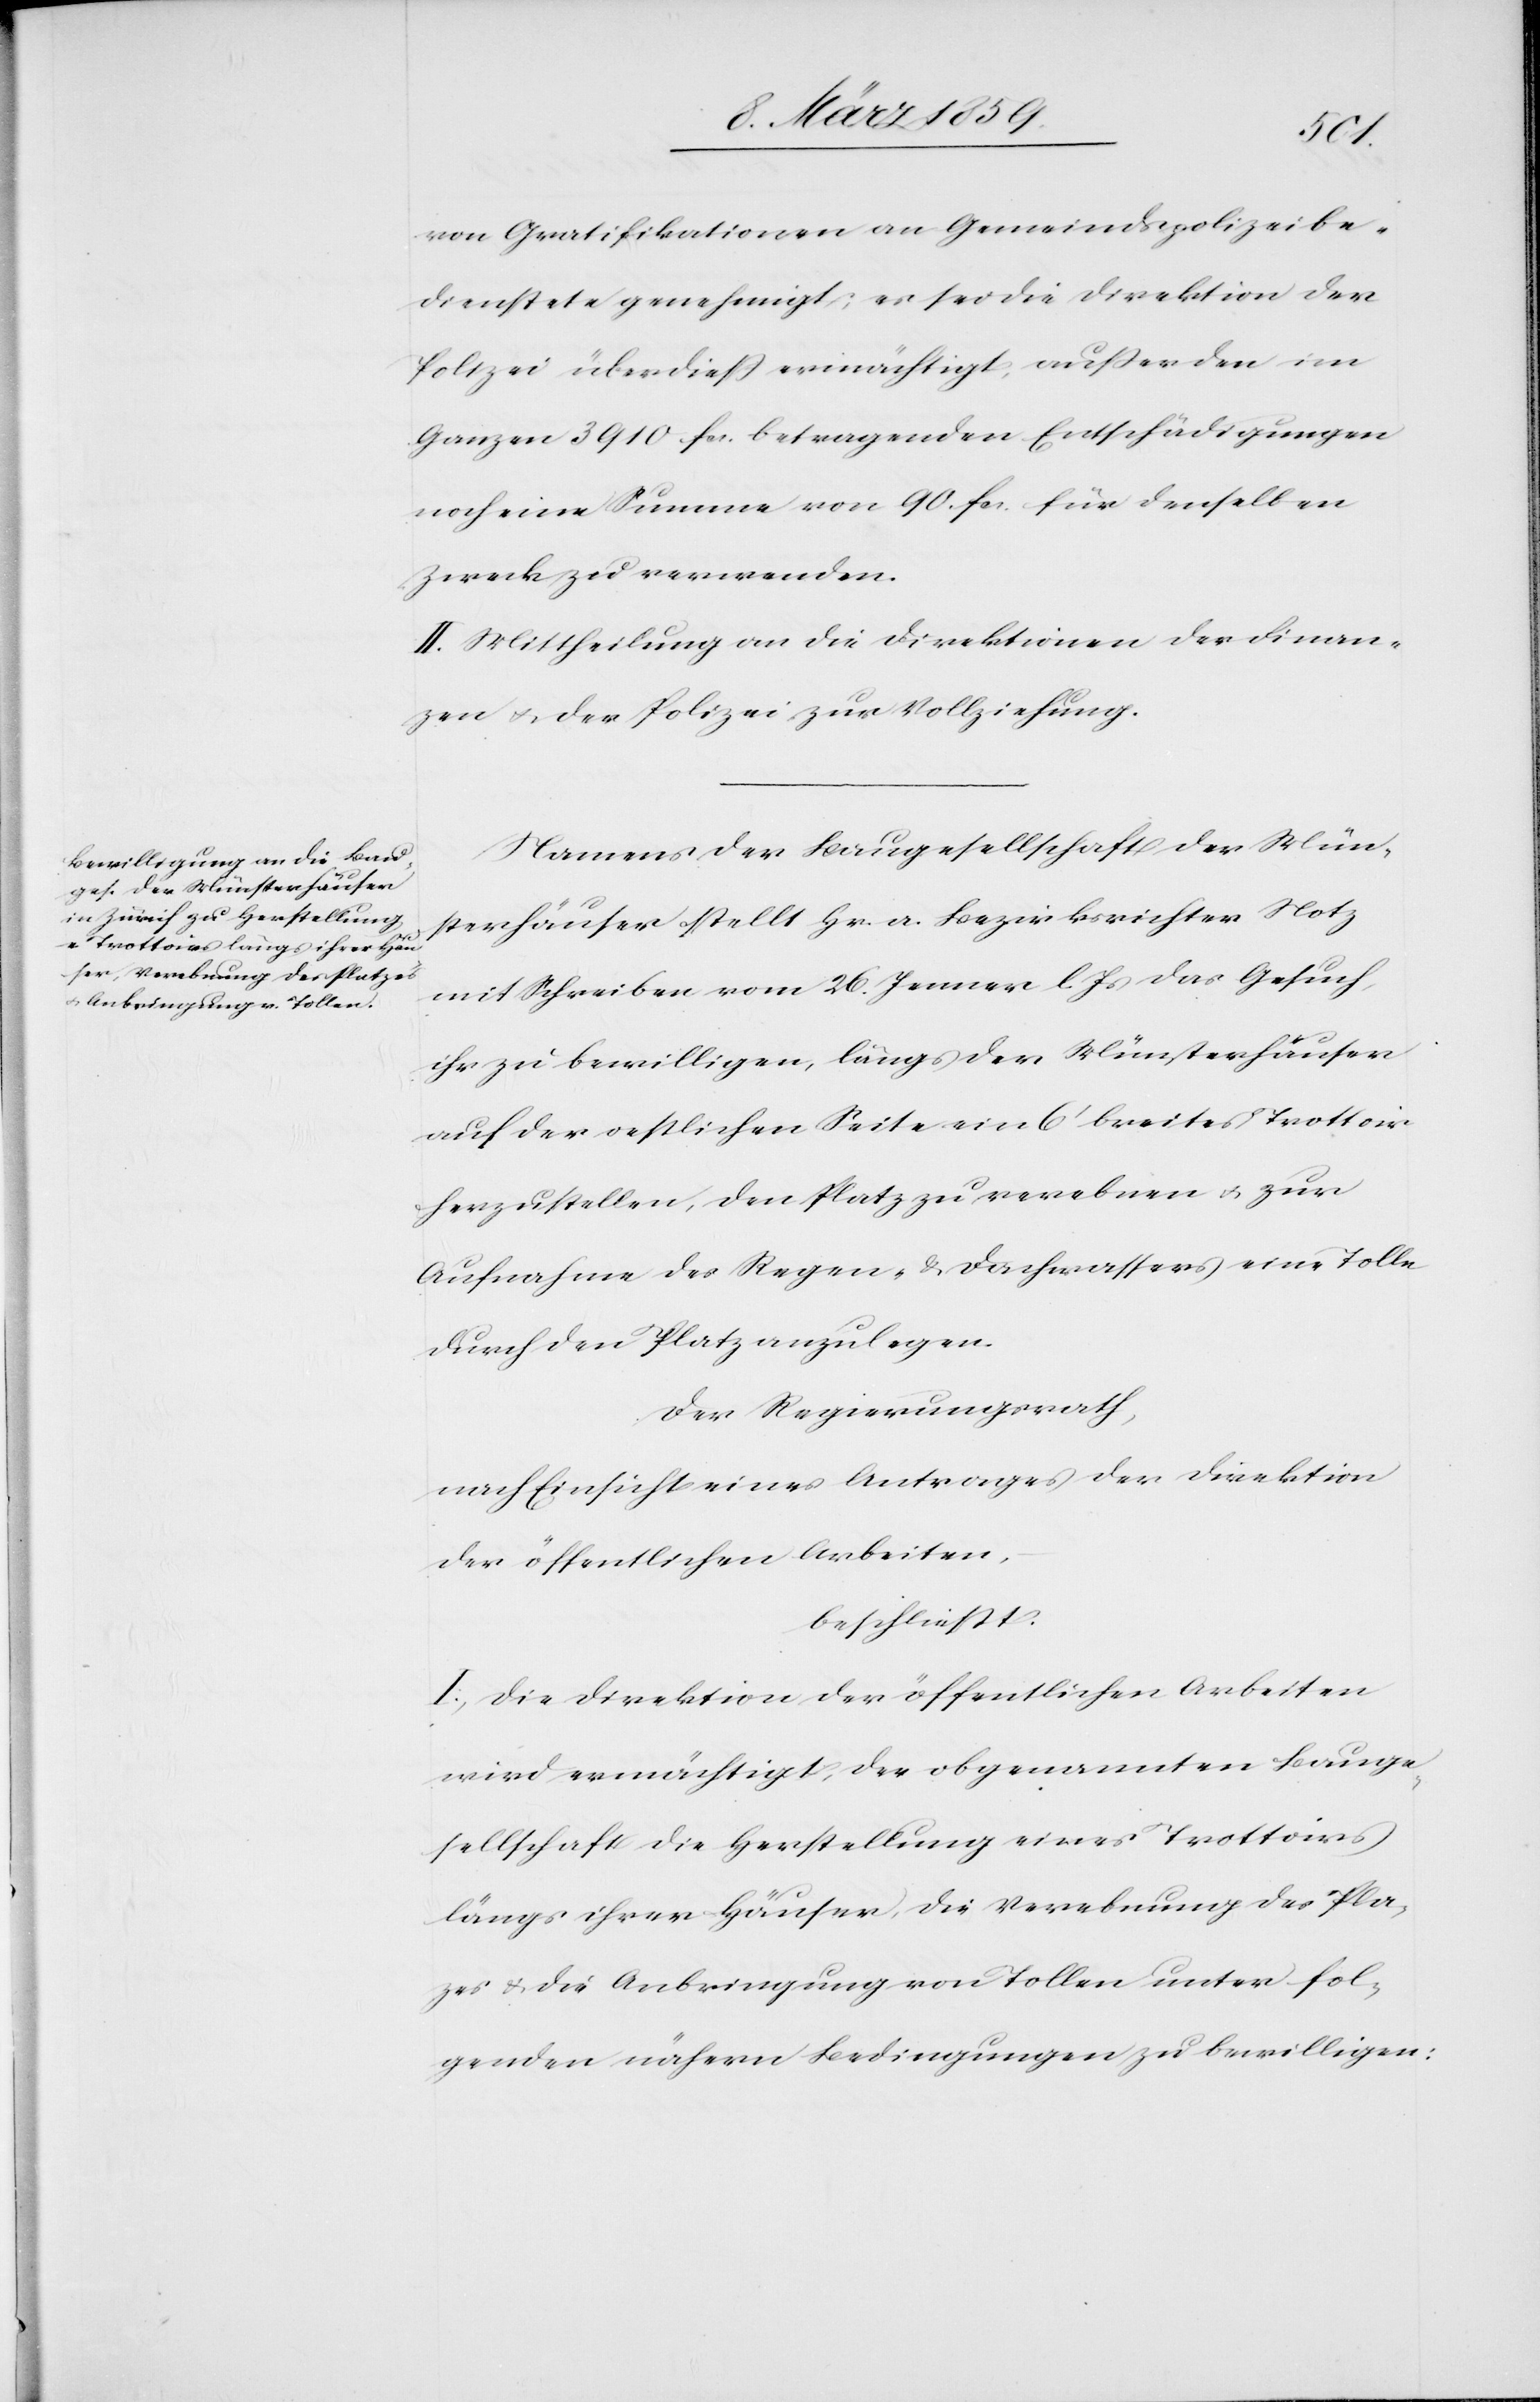
von Gratifikationen an Gemeindspolizeibe¬
dienstete genehmigt; es sei die Direktion der
Polizei überdieß ermächtigt, außer den im
Ganzen 3910 fcs. betragenden Entschädigungen
noch eine Summe von 90. fcs. für denselben
Zweck zu verwenden.
II. Mittheilung an die Direktion der Finan¬
zen u. der Polizei zur Vollziehung.
Namens der Baugesellschaft der Mün¬
sterhäuser stellt Hr. a. Bezirksrichter Notz
mit Schreiben vom 26. Januar l. Js. das Gesuch,
ihr zu bewilligen, längs der Münsterhäuser
auf der oestlichen Seite ein 6‘ breites Trottoir
herzustellen, den Platz zu verebnen u. zur
Aufnahme des Regen- & Dachwassers eine Tolle
durch den Platz anzulegen.
Der Regierungsrath,
nach Einsicht eines Antrages der Direktion
der öffentlichen Arbeiten,
beschließt:
I. Die Direktion der öffentlichen Arbeiten
wird ermächtigt, der obgenannten Bauge¬
sellschaft die Herstellung eines Trottoirs
längs ihrer Häuser, die Verebnung des Plat¬
zes & die Anbringung von Tollen unter fol¬
genden nähern Bedingungen zu bewilligen: